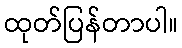
ထုတ်ပြန်တာပါ။